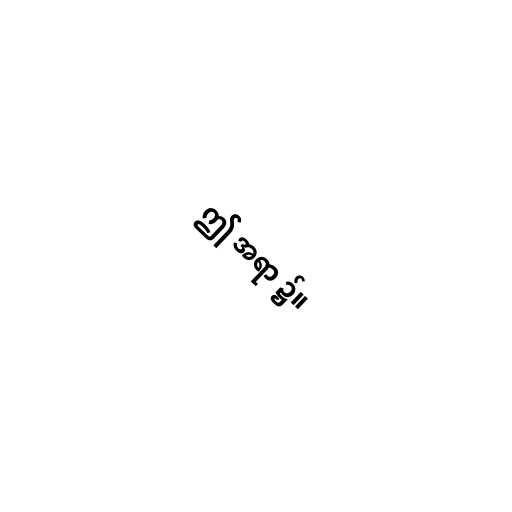
ဤ အရာ ၌။